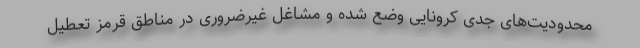
محدودیت‌های جدی کرونایی وضع شده و مشاغل غیرضروری در مناطق قرمز تعطیل